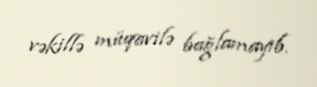
vəkillə müqavilə bağlamayıb.